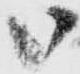
御